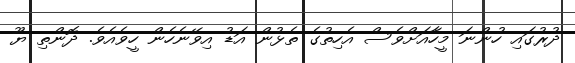
ދުރުގައި ހުންނަ މީހާއަށްވެސް އެހިތުގެ ތެޅުން އަޑު އިވޭނެހެން ހީވެއެވެ. ދޮންތި ޔޫ